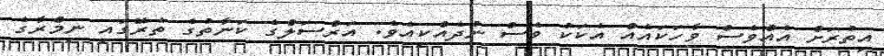
އިތުރަށް އެއްވެސް ވާހަކައެއް އެކަކު ވެސް ނުދެއްކިއެވެ. އަރްސަލްގެ ކަނާތުގެ ތެރޭގައި ނިމްރާގެ